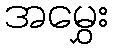
အမွှေး